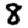
Digit: 8